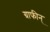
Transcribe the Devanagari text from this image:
ग्राफीन्